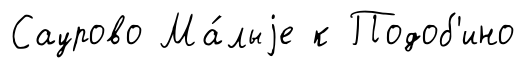
Саурово Ма́лыjе к Подоб'ино